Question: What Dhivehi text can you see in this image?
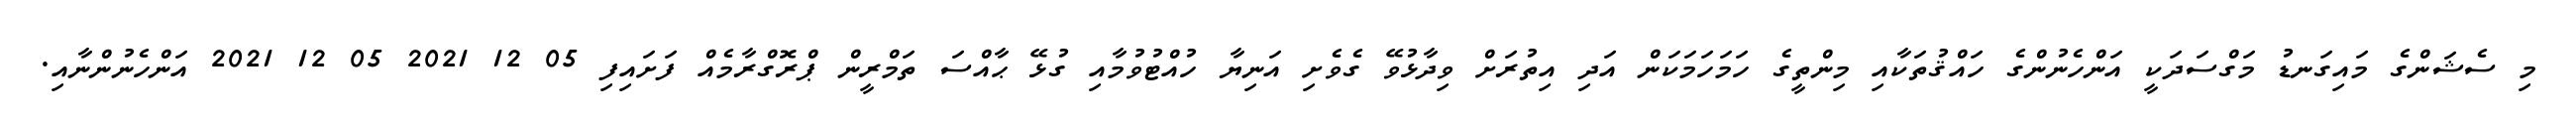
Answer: މި ސެޝަންގެ މައިގަނޑު މަގްސަދަކީ އަންހެނުންގެ ހައްޤުތަކާއި މިންތީގެ ހަމަހަމަކަން އަދި އިތުރަށް ވިދާޅުވޭ ގެވެށި އަނިޔާ ހުއްޓުވުމާއި ގުޅޭ ޙާއްސަ ތަމްރީން ޕްރޮގްރާމެއް ފަށައިފި 05 12 2021 05 12 2021 އަންހެނުންނާއި.